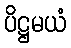
ပိဋ္ဌမယံ